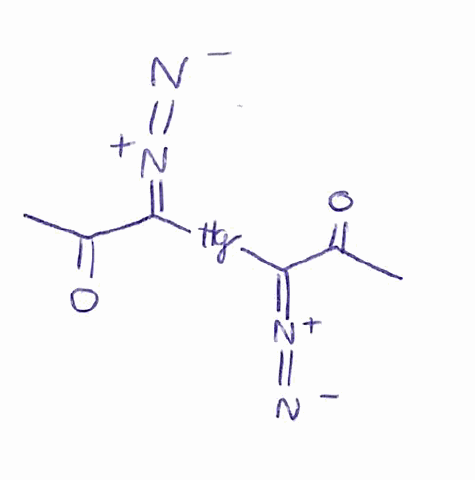
Simplified molecular-input line-entry system (SMILES) notation of the given molecule:
CC(=O)C(=[N+]=[N-])[Hg]C(=[N+]=[N-])C(=O)C